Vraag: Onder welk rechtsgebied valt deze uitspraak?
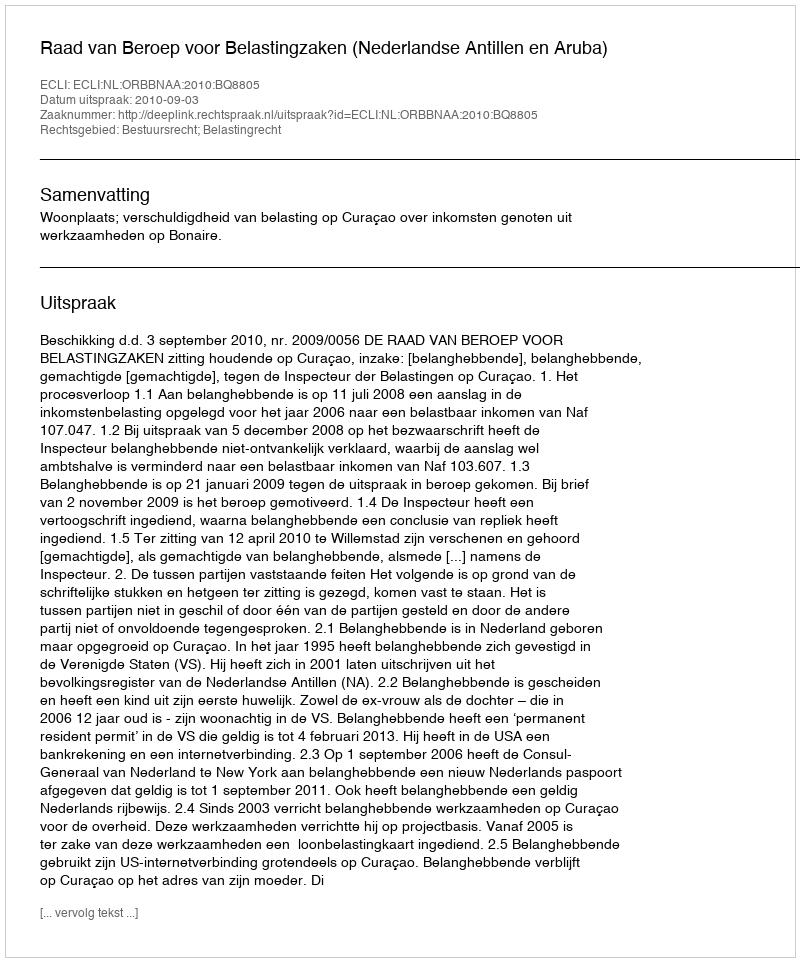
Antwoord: Bestuursrecht; Belastingrecht